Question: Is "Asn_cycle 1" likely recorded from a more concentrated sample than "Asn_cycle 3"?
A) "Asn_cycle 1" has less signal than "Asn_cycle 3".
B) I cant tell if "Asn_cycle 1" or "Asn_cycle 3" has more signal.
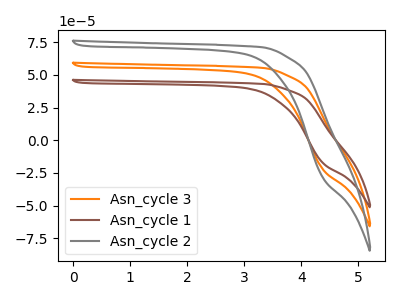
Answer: <think>The orange curve "Asn_cycle 3" has no peaks. The brown curve "Asn_cycle 1" has no peaks. The gray curve "Asn_cycle 2" has no peaks.
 Neither "Asn_cycle 1" or "Asn_cycle 3" have any peaks.</think>
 <answer>B) I cant tell if "Asn_cycle 1" or "Asn_cycle 3" has more signal.</answer>
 <eval>B</eval>